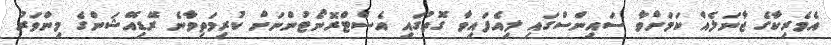
އެމެރިކާގެ ޖާނަލެއް ކަމަށްވާ ސައިންސްގައި ލިއެފައިވާ ގޮތުގައި އެސްޓްރޮނޯޓުންނަށް ކުރިމަތިވާނެ ރޭޑިއޭޝަންގެ މިންވަރު